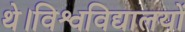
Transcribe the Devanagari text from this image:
थे।विश्वविद्यालयों